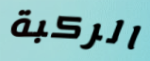
الركبة